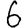
Digit: 6